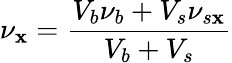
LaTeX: \nu_{\mathbf{x}}=\frac{{V_{b}\nu_{b}+V_{s}\nu_{s\mathbf{x}}}}{{V_{b}+V_{s}}}